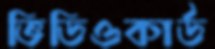
ভিডিওকার্ড